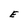
Character: E